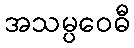
အသမ္ပဝေဓီ